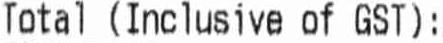
TOTAL (INCLUSIVE OF GST):